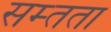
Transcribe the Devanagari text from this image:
सम्तता